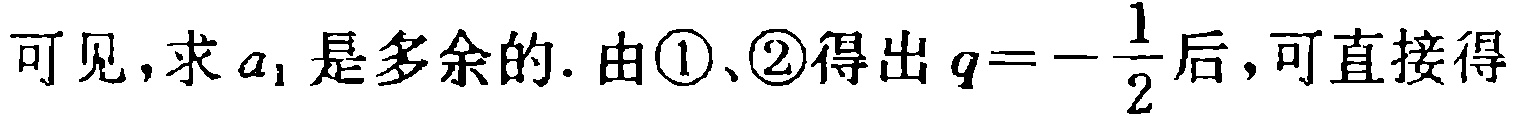
可见,求\(a_{1}\)是多余的. 由\textcircled{1}、\textcircled{2}得出\(q = -\dfrac{1}{2}\)后,可直接得